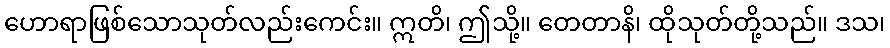
ဟောရာဖြစ်သောသုတ်လည်းကေင်း။ ဣတိ၊ ဤသို့။ တေတာနိ၊ ထိုသုတ်တို့သည်။ ဒသ၊